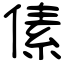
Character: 傃